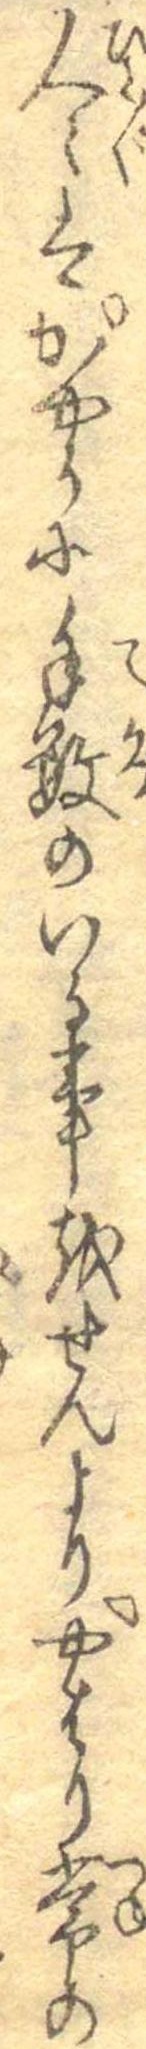
人々はかやうに手数のいる事をせんよりやはり常の